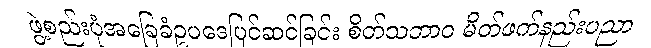
ဖွဲ့စည်းပုံအခြေခံဥပဒေပြင်ဆင်ခြင်း စိတ်သဘာဝ မိတ်ဖက်နည်းပညာ